Scottish Leaving Certificate Examination, 1957
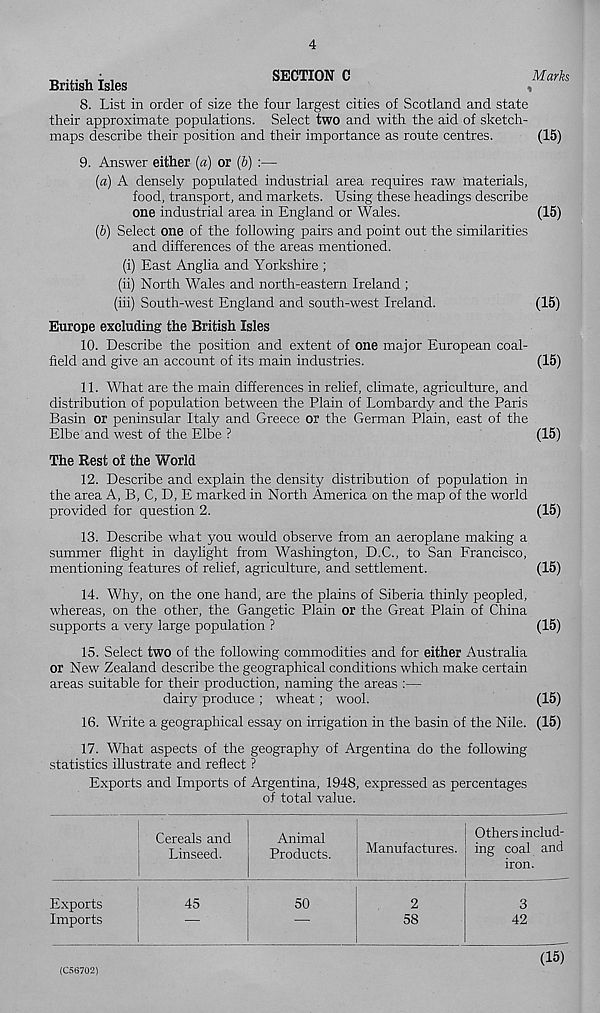
SECTION C
Marks
British Isles
8. List in order of size the four largest cities of Scotland and state
their approximate populations. Select two and with the aid of sketch-
maps describe their position and their importance as route centres.
(15)
9. Answer either (a) or (b) :—
(a) A densely populated industrial area requires raw materials,
food, transport, and markets. Using these headings describe
one industrial area in England or Wales.
(15)
(b) Select one of the following pairs and point out the similarities
and differences of the areas mentioned.
(i) East Anglia and Yorkshire ;
(ii) North Wales and north-eastern Ireland ;
(iii) South-west England and south-west Ireland.
(15)
Europe excluding the British Isles
10. Describe the position and extent of one major European coal-
field and give an account of its main industries.
(15)
11. What are the main differences in relief, climate, agriculture, and
distribution of population between the Plain of Lombardy and the Paris
Basin or peninsular Italy and Greece or the German Plain, east of the
Elbe and west of the Elbe ?
(15)
The Rest of the World
12. Describe and explain the density distribution of population in
the area A, B, C, D, E marked in North America on the map of the world
provided for question 2.
(15)
13. Describe what you would observe from an aeroplane making a
summer flight in daylight from Washington, D.C., to San Francisco,
mentioning features of relief, agriculture, and settlement.
(15)
14. Why, on the one hand, are the plains of Siberia thinly peopled,
whereas, on the other, the Gangetic Plain or the Great Plain of China
supports a very large population ?
(15)
15. Select two of the following commodities and for either Austraha
or New Zealand describe the geographical conditions which make certain
areas suitable for their production, naming the areas :—
dairy produce ; wheat; wool.
(15)
16. Write a geographical essay on irrigation in the basin of the Nile. (15)
17. What aspects of the geography of Argentina do the following
statistics illustrate and reflect ?
Exports and Imports of Argentina, 1948, expressed as percentages
of total value.
Cereals and
Linseed.
Animal
Products.
Manufactures.
Others includ-
ing coal and
iron.
Exports
Imports
45
50
2
58
3
42
(C56702)
(15)